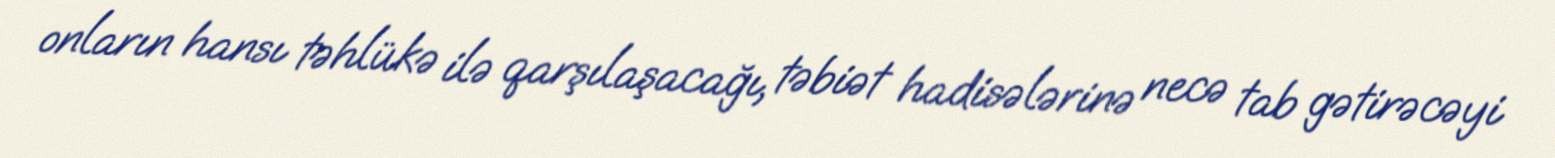
onların hansı təhlükə ilə qarşılaşacağı, təbiət hadisələrinə necə tab gətirəcəyi